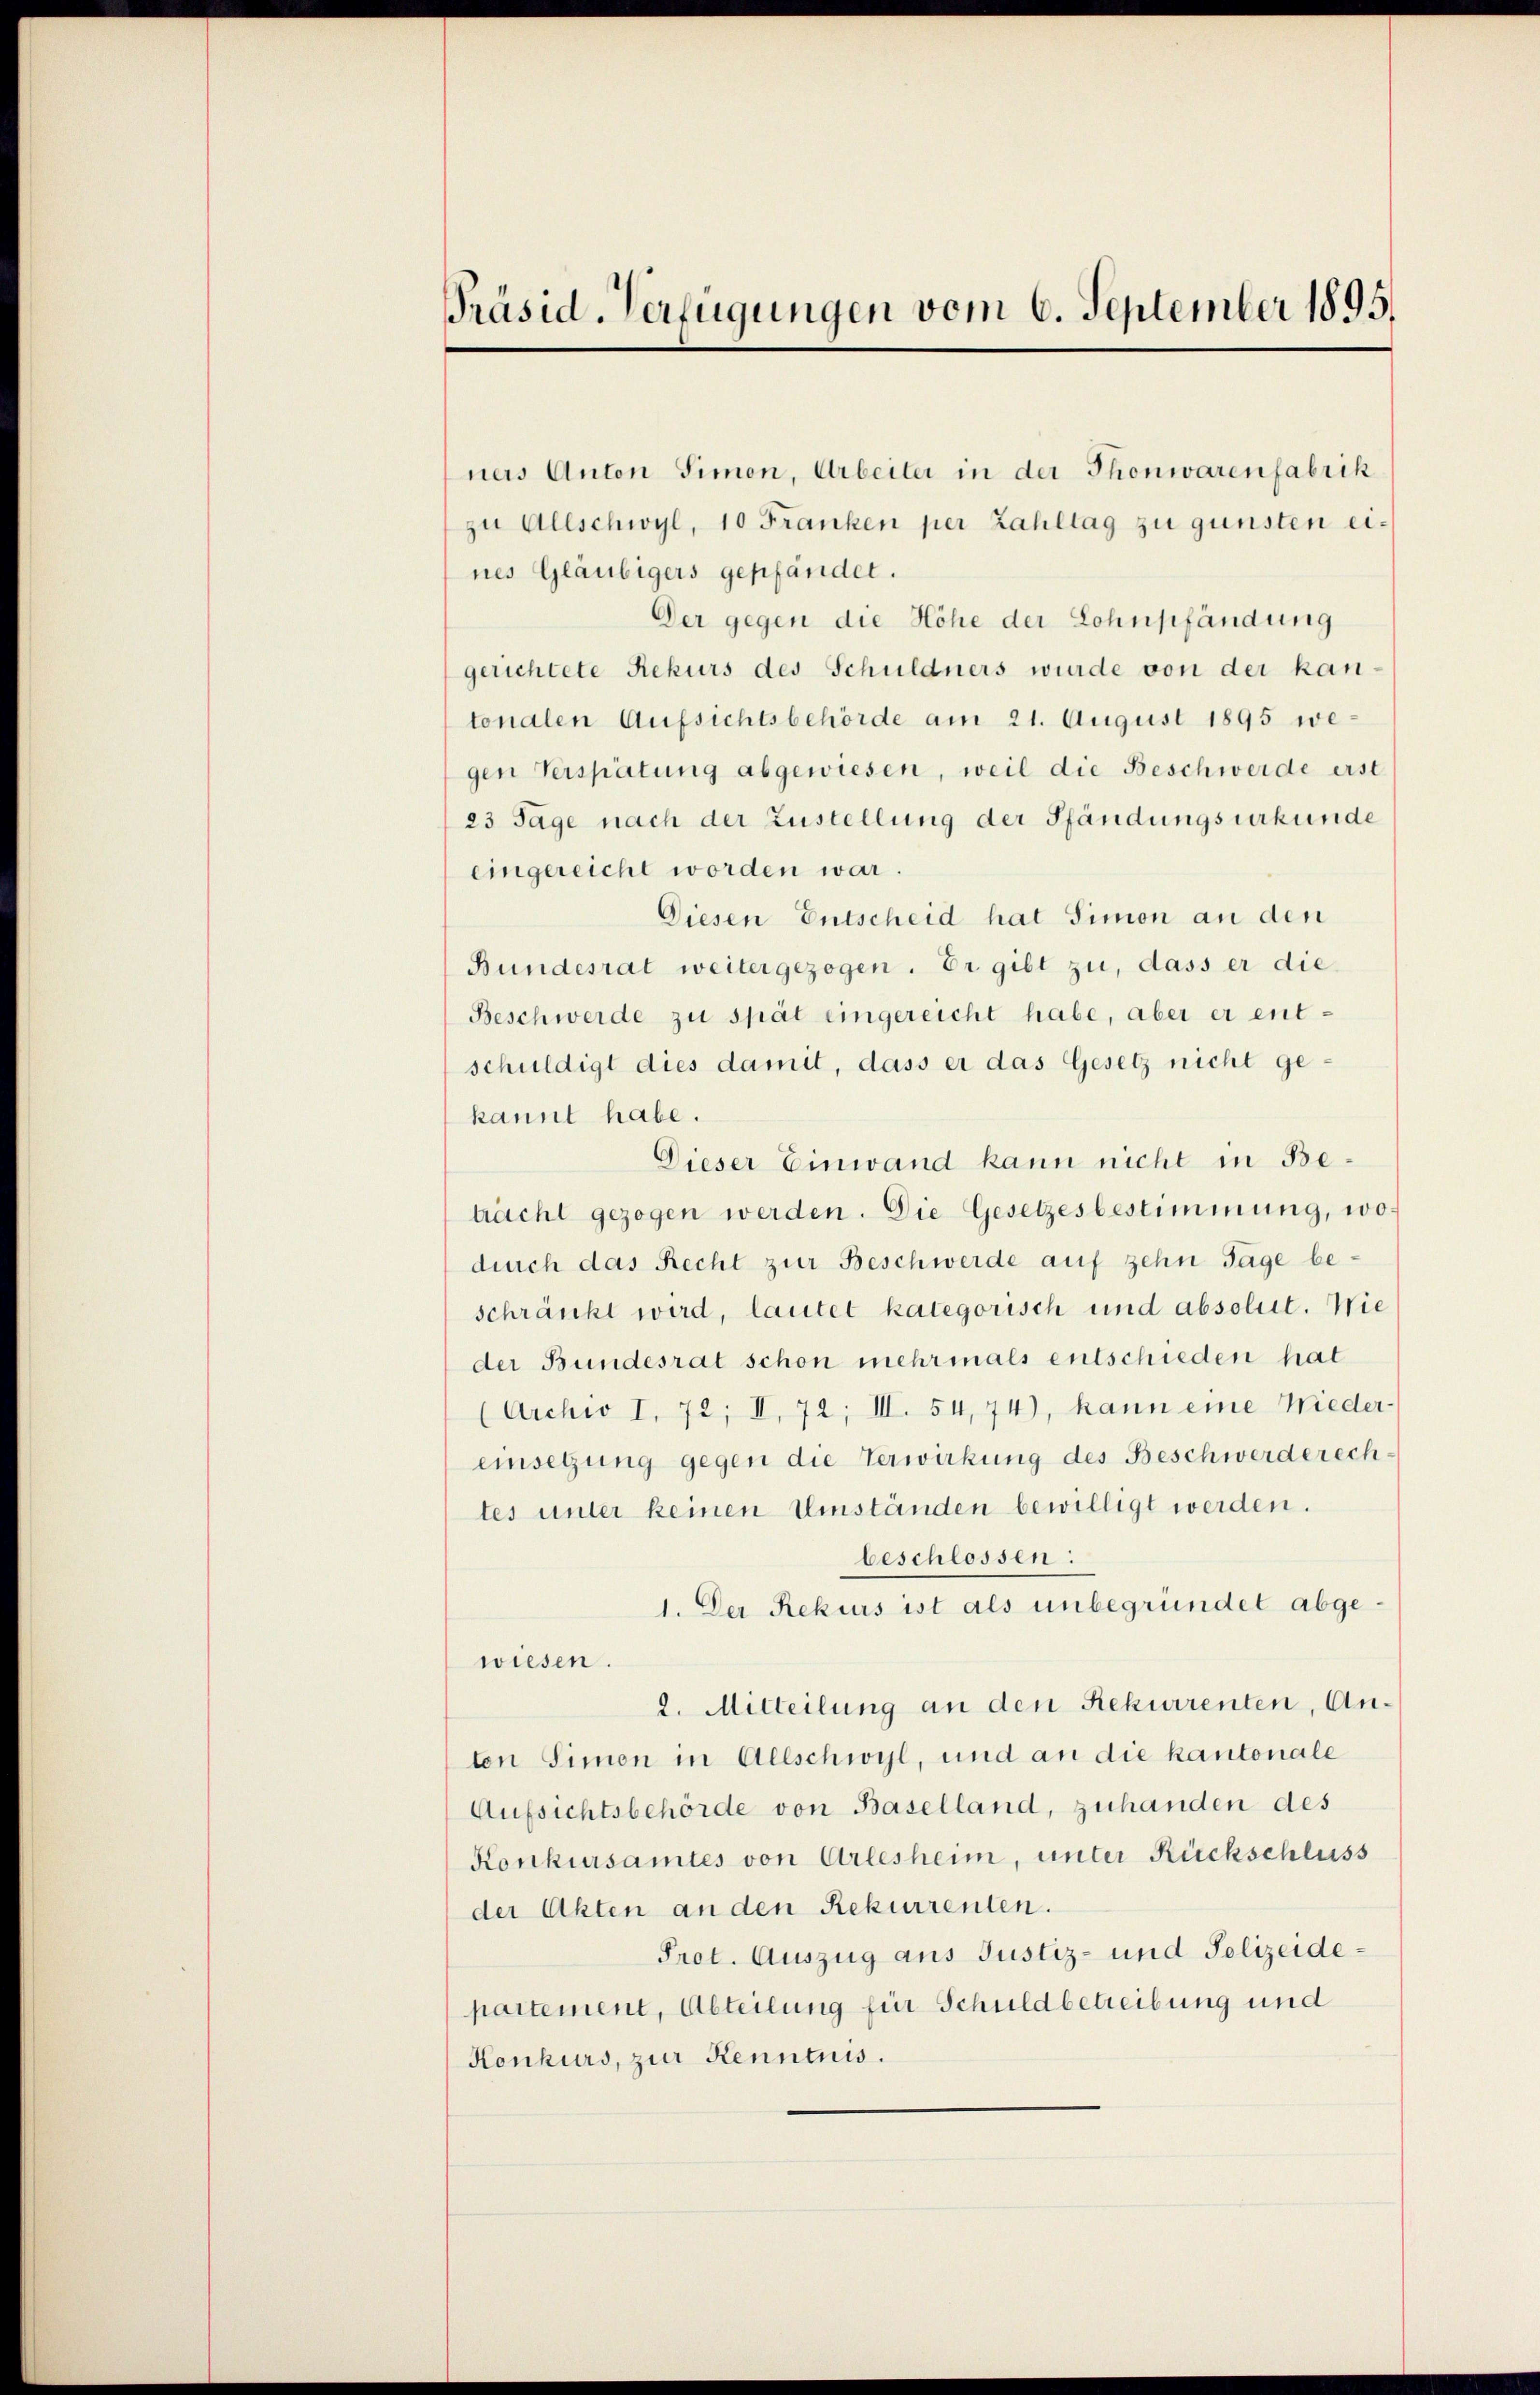
Präsid-Verfügungen vom 6. September 1895.

ners Anton Simon, Arbeiter in der Thonwarenfabrik
zu Allschwyl, 10 Franken per Zahltag zu gunsten eines Gläubigers gepfändet.
Der gegen die Höhe der Lohnpfändung
gerichtete Rekurs des Schuldners wurde von der kan-
tonalen Aufsichtsbehörde am 21. August 1895 wegen Verspätung abgewiesen, weil die Beschwerde erst
23 Tage nach der Zustellung der Pfändungsurkunde
eingereicht worden war.
Diesen Entscheid hat Simon an den
Bundesrat weitergezogen. Er gibt zu, dass er die
Beschwerde zu spät eingereicht habe, aber er entschuldigt dies damit, dass er das Gesetz nicht gekannt habe.
Dieser Einwand kann nicht in Betracht gezogen werden. Die Gesetzesbestimmung, wodurch das Recht zur Beschwerde auf zehn Tage beschränkt wird, lautet kategorisch und absolut. Wie
der Bundesrat schon mehrmals entschieden hat
(Archiv I, 72; II, 72; III. 54,74), kann eine Nieder-
einsegung gegen die Verwirkung des Beschwerderech
tes unter keinen Umständen bewilligt werden.
beschlossen:
1. Der Rekurs ist als unbegründet abgewiesen.
2. Mitteilung an den Rekurrenten, Anton Simon in Allschwyl, und an die kantonale
Aufsichtsbehörde von Baselland, zuhanden des
Konkursamtes von Arlesheim, unter Rückschluss
der Akten an den Rekurrenten.
Prot. Auszug aus Justiz- und Polizeidepartement, Abteilung für Schuldbetreibung und
Konkurs, zur Kenntnis.